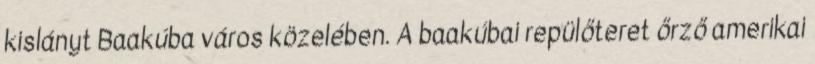
kislányt Baakúba város közelében. A baakúbai repülőteret őrző amerikai